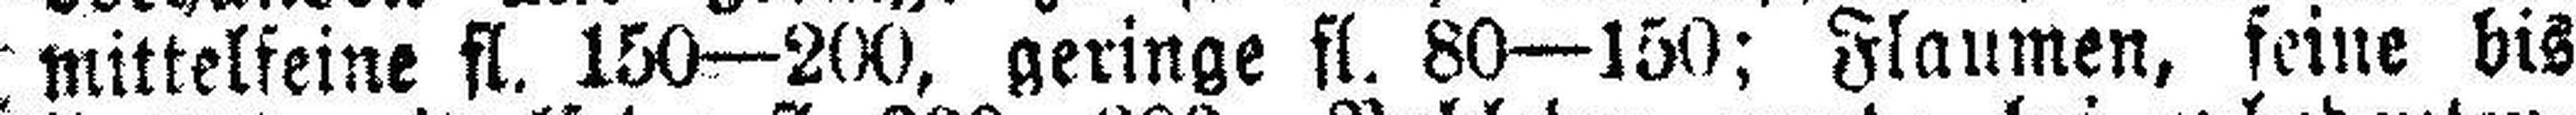
mittelfeine fl. 150—200, geringe fl. 80—150; Flaumen, feine bis